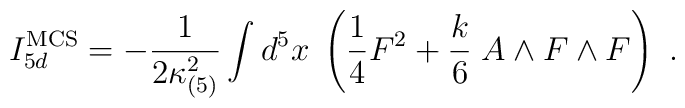
I_{5d}^{\rm MCS} = -{1\over 2\kappa_{(5)}^2} \int d^5x \; \left({1\over 4} F^2 +  {k \over 6}\; A\wedge  F\wedge F \right)\ .